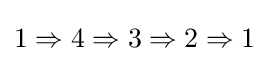
1\Rightarrow 4\Rightarrow 3\Rightarrow 2\Rightarrow 1